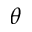
\theta